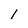
Character: 1